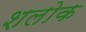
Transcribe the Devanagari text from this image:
शलोक